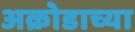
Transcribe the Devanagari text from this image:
अक्रोडाच्या